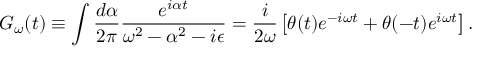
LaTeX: G _ { \omega } ( t ) \equiv \int \frac { d \alpha } { 2 \pi } \frac { e ^ { i \alpha t } } { \omega ^ { 2 } - \alpha ^ { 2 } - i \epsilon } = \frac { i } { 2 \omega } \left[ \theta ( t ) e ^ { - i \omega t } + \theta ( - t ) e ^ { i \omega t } \right] .